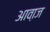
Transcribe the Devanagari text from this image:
आवा़ज